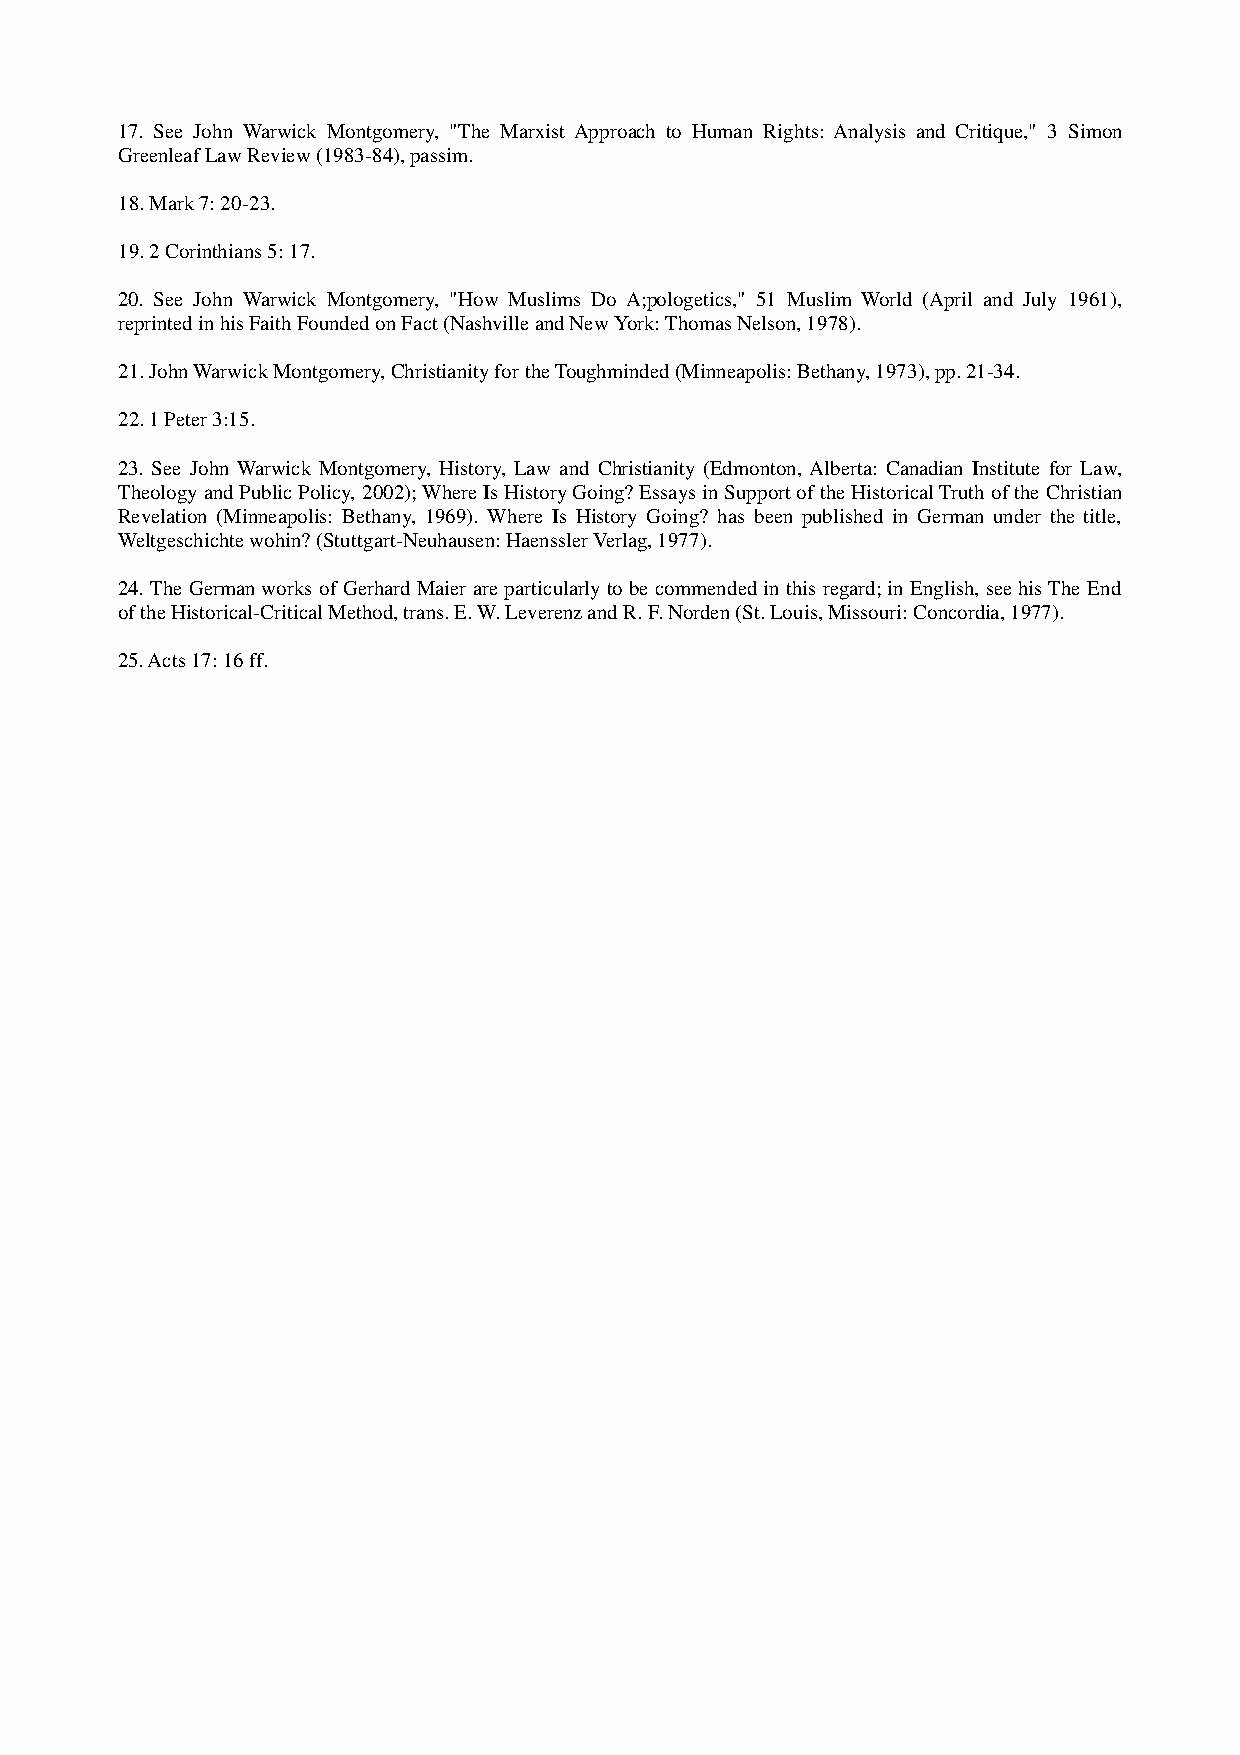
17. See John Warwick Montgomery, "The Marxist Approach to Human Rights: Analysis and Critique," 3 Simon
 Greenleaf Law Review (1983-84), passim.
 18. Mark 7: 20-23.
 19. 2 Corinthians 5: 17.
 20. See John Warwick Montgomery, "How Muslims Do A;pologetics," 51 Muslim World (April and July 1961),
 reprinted in his Faith Founded on Fact (Nashville and New York: Thomas Nelson, 1978).
 21. John Warwick Montgomery, Christianity for the Toughminded (Minneapolis: Bethany, 1973), pp. 21-34.
 22. 1 Peter 3:15.
 23. See John Warwick Montgomery, History, Law and Christianity (Edmonton, Alberta: Canadian Institute for Law,
 Theology and Public Policy, 2002); Where Is History Going? Essays in Support of the Historical Truth of the Christian
 Revelation (Minneapolis: Bethany, 1969). Where Is History Going? has been published in German under the title,
 Weltgeschichte wohin? (Stuttgart-Neuhausen: Haenssler Verlag, 1977).
 24. The German works of Gerhard Maier are particularly to be commended in this regard; in English, see his The End
 of the Historical-Critical Method, trans. E. W. Leverenz and R. F. Norden (St. Louis, Missouri: Concordia, 1977).
 25. Acts 17: 16 ff.